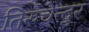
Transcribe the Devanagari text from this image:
तिरुचेन्दुर